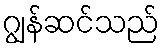
ဂျွန်ဆင်သည်